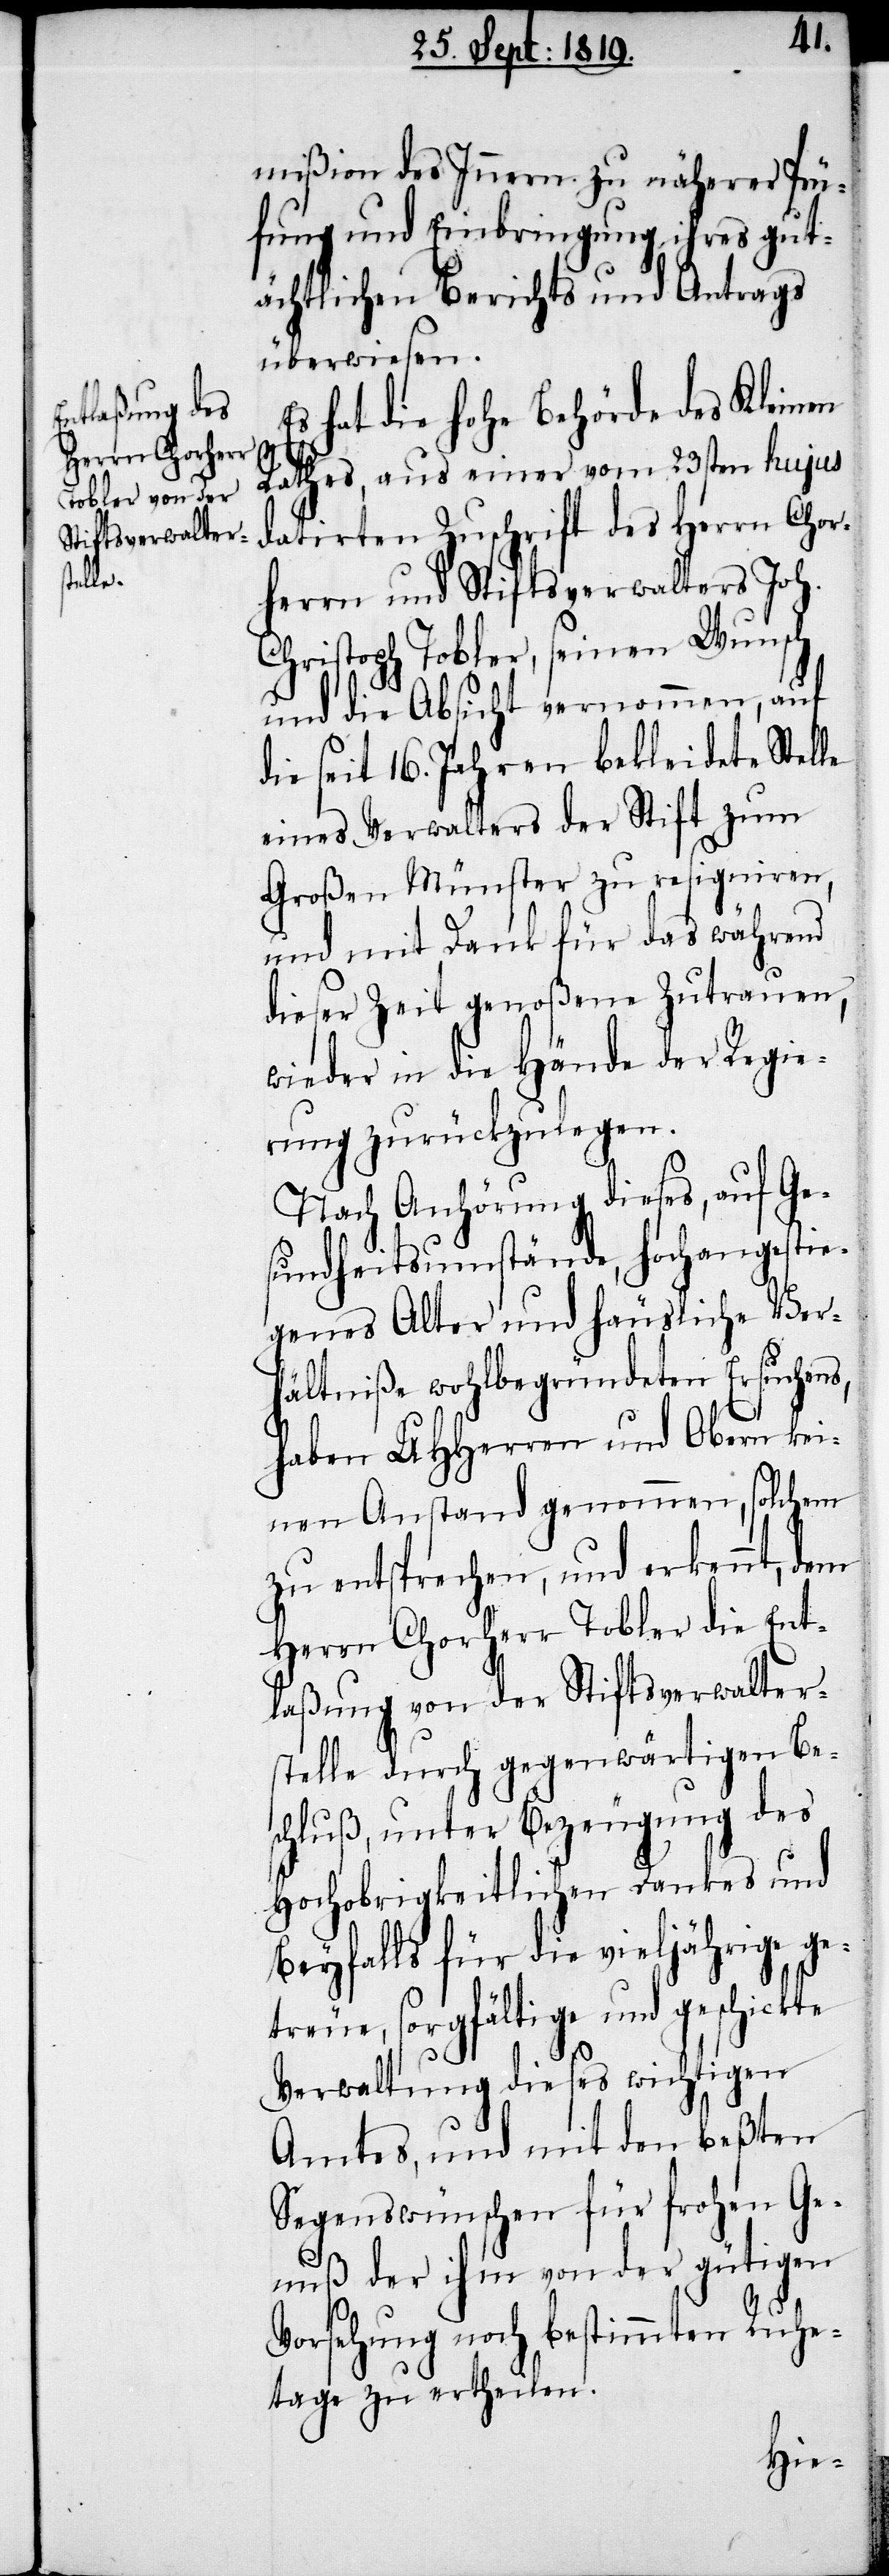
mißion des Innern zu näherer Prü¬
fung und Einbringung ihres gut¬
ächtlichen Berichts und Antrags
überwiesen.
Es hat die hohe Behörde des Kleinen
Rathes, aus einer vom 23sten hujus
datirten Zuschrift des Herrn Chor¬
herrn und Stiftsverwalters Joh.
Christoph Tobler, seinen Wunsch
und die Absicht vernommen, auf
die seit 16. Jahren bekleidete Stelle
eines Verwalters der Stift zum
Großen Münster zu resigniren,
und mit Dank für das während
dieser Zeit genoßene Zutrauen,
wieder in die Hände der Regie¬
rung zurückzulegen.
Nach Anhörung dieses, auf Ge¬
sundheitsumstände, hochangestie¬
genes Alter und häusliche Ver¬
hältniße wohlbegründeten Ersuchens,
haben UHHerren und Obern kei¬
nen Anstand genommen, solchem
zu entsprechen, und erkennt, dem
Herrn Chorherr Tobler die Ent¬
laßung von der Stiftsverwalter¬
stelle durch gegenwärtigen Be¬
schluß, unter Bezeugung des
Hochobrigkeitlichen Dankes und
Beyfalls für die vieljährige ge¬
treue, sorgfältige und geschickte
Verwaltung dieses wichtigen
Amtes, und mit den beßten
Segenswünschen für frohen Ge¬
nuß der ihm von der gütigen
Vorsehung noch bestimmten Ruhe¬
tage zu ertheilen.